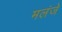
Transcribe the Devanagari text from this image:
मलंजे